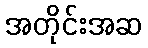
အတိုင်းအဆ